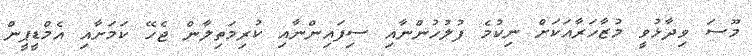
މޫސަ ވިދާޅުވީ މުޒާހަރާއަކަށް ނިކުމެ ފުލުހުންނާއި ސިފައިންނާއި ކުރިމަތިލާން ޖެހޭ ކަމަށާއި އެމްޑީޕީން